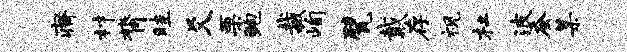
瘠材膂畦爻栗鲍裁峋甓戴存视杜波蚕某